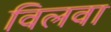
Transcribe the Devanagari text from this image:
विलवा